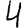
Digit: 4